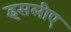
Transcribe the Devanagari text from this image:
इसलीए